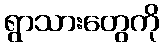
ရွာသားတွေကို